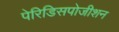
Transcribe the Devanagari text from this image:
पेरिडिसपोजीशन